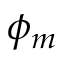
\phi _ { m }